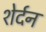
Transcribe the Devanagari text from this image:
शेर्दन